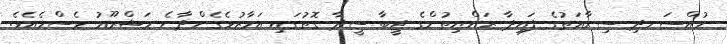
މުއްސަނދި ސިނާޢަތުގެ ފައިދާ ރައްޔިތުންގެ ޖީބާ ސީދާ ގޮތުގައި އަމާޒުވެގެންދާނެ މަޝްރޫޢު ވެސްމެއެވެ.